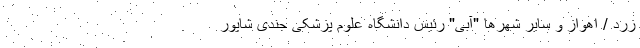
زرد / اهواز و سایر شهرها "آبی" رئیس دانشگاه علوم پزشکی جندی شاپور